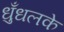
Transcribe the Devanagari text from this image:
धुँधलके